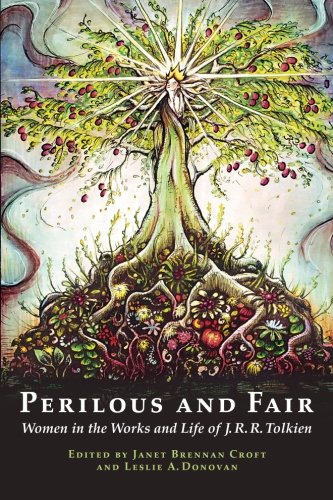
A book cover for Perilous and Fair: Women in the Works and Life of J. R. R. Tolkien; Janet Brennan Croft; Science Fiction & Fantasy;